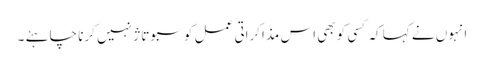
انہوں نے کہا کہ کسی کو بھی اس مذاکراتی عمل کو سبوتاژ نہیں کرنا چاہئے ۔